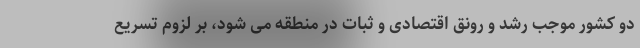
دو کشور موجب رشد و رونق اقتصادی و ثبات در منطقه می شود، بر لزوم تسریع